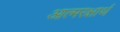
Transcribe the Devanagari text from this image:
आत्मरक्षार्थ